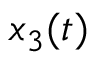
x _ { 3 } ( t )